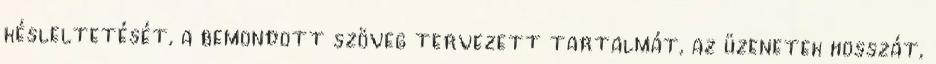
késleltetését, a bemondott szöveg tervezett tartalmát, az üzenetek hosszát,